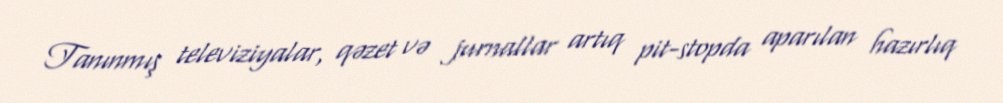
Tanınmış televiziyalar, qəzet və jurnallar artıq pit-stopda aparılan hazırlıq